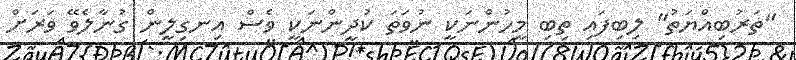
"ތަރުބިއްޔަތު" ލިބިފައި ތިބި މީހުންނަކީ ނުވަތަ ކުދީންނަކީ ވެސް އިނގިލީން ގުނާލެވޭ ވަރަށް